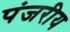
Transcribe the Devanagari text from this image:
पंजरीय